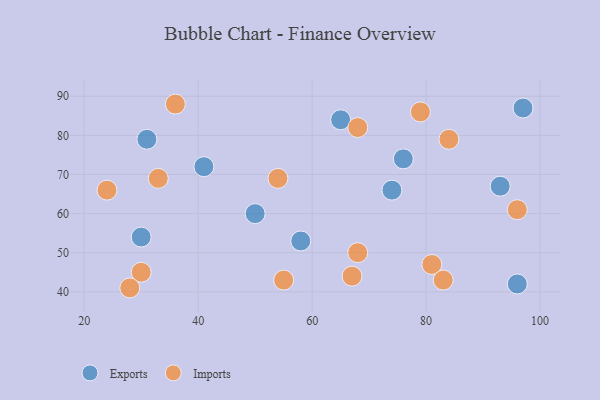
{"axis": {"x": "GDP", "y": "Life Expectancy"}, "legend": ["Exports", "Imports"], "data": [{"x": "76", "y": 74, "type": "Exports"}, {"x": "58", "y": 53, "type": "Exports"}, {"x": "30", "y": 54, "type": "Exports"}, {"x": "31", "y": 79, "type": "Exports"}, {"x": "41", "y": 72, "type": "Exports"}, {"x": "97", "y": 87, "type": "Exports"}, {"x": "93", "y": 67, "type": "Exports"}, {"x": "74", "y": 66, "type": "Exports"}, {"x": "65", "y": 84, "type": "Exports"}, {"x": "50", "y": 60, "type": "Exports"}, {"x": "96", "y": 42, "type": "Exports"}, {"x": "84", "y": 79, "type": "Imports"}, {"x": "81", "y": 47, "type": "Imports"}, {"x": "54", "y": 69, "type": "Imports"}, {"x": "68", "y": 82, "type": "Imports"}, {"x": "79", "y": 86, "type": "Imports"}, {"x": "36", "y": 88, "type": "Imports"}, {"x": "83", "y": 43, "type": "Imports"}, {"x": "68", "y": 50, "type": "Imports"}, {"x": "30", "y": 45, "type": "Imports"}, {"x": "55", "y": 43, "type": "Imports"}, {"x": "24", "y": 66, "type": "Imports"}, {"x": "96", "y": 61, "type": "Imports"}, {"x": "28", "y": 41, "type": "Imports"}, {"x": "33", "y": 69, "type": "Imports"}, {"x": "67", "y": 44, "type": "Imports"}]}